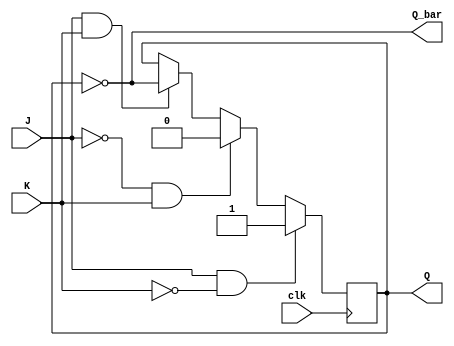
module JK_latch (
  input J, K, // Inputs
  input clk, // Clock input
  output reg Q, Q_bar // Outputs
);

reg Q_next;

always @(posedge clk) begin
  if (J & ~K) begin
    Q_next <= 1'b1; // Set Q
  end else if (~J & K) begin
    Q_next <= 1'b0; // Reset Q
  end else if (J & K) begin
    Q_next <= ~Q; // Toggle Q
  end else begin
    Q_next <= Q; // Hold Q
  end
end

assign Q = Q_next;
assign Q_bar = ~Q;

endmodule